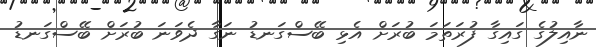
ނާއިލުގެ ގައިގާ ފުރަތަމަ ބުރަށް އެޅި ބޭސްގަނޑު ނަގާ ދެވަނަ ބުރަށް ބޭސްގަނޑު